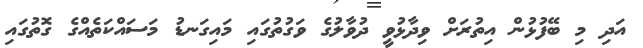
އަދި މި ބޭފުޅުން އިތުރަށް ވިދާޅުވީ ދުވާލުގެ ވަގުތުގައި މައިގަނޑު މަސައްކަތެއްގެ ގޮތުގައި